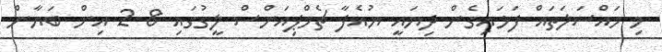
މި މައްސަލަތައް ފަޅައިގެން ދިޔައީ ޔުއެފާ ޗެމްޕިއަންސް ލީގުގައި 8-2 އިން ބަޔާން